Bréfritari: Benedikt Hálfdanarson
Dagsetning: A-1903-05-19
Skrifað á: Vesturheimi

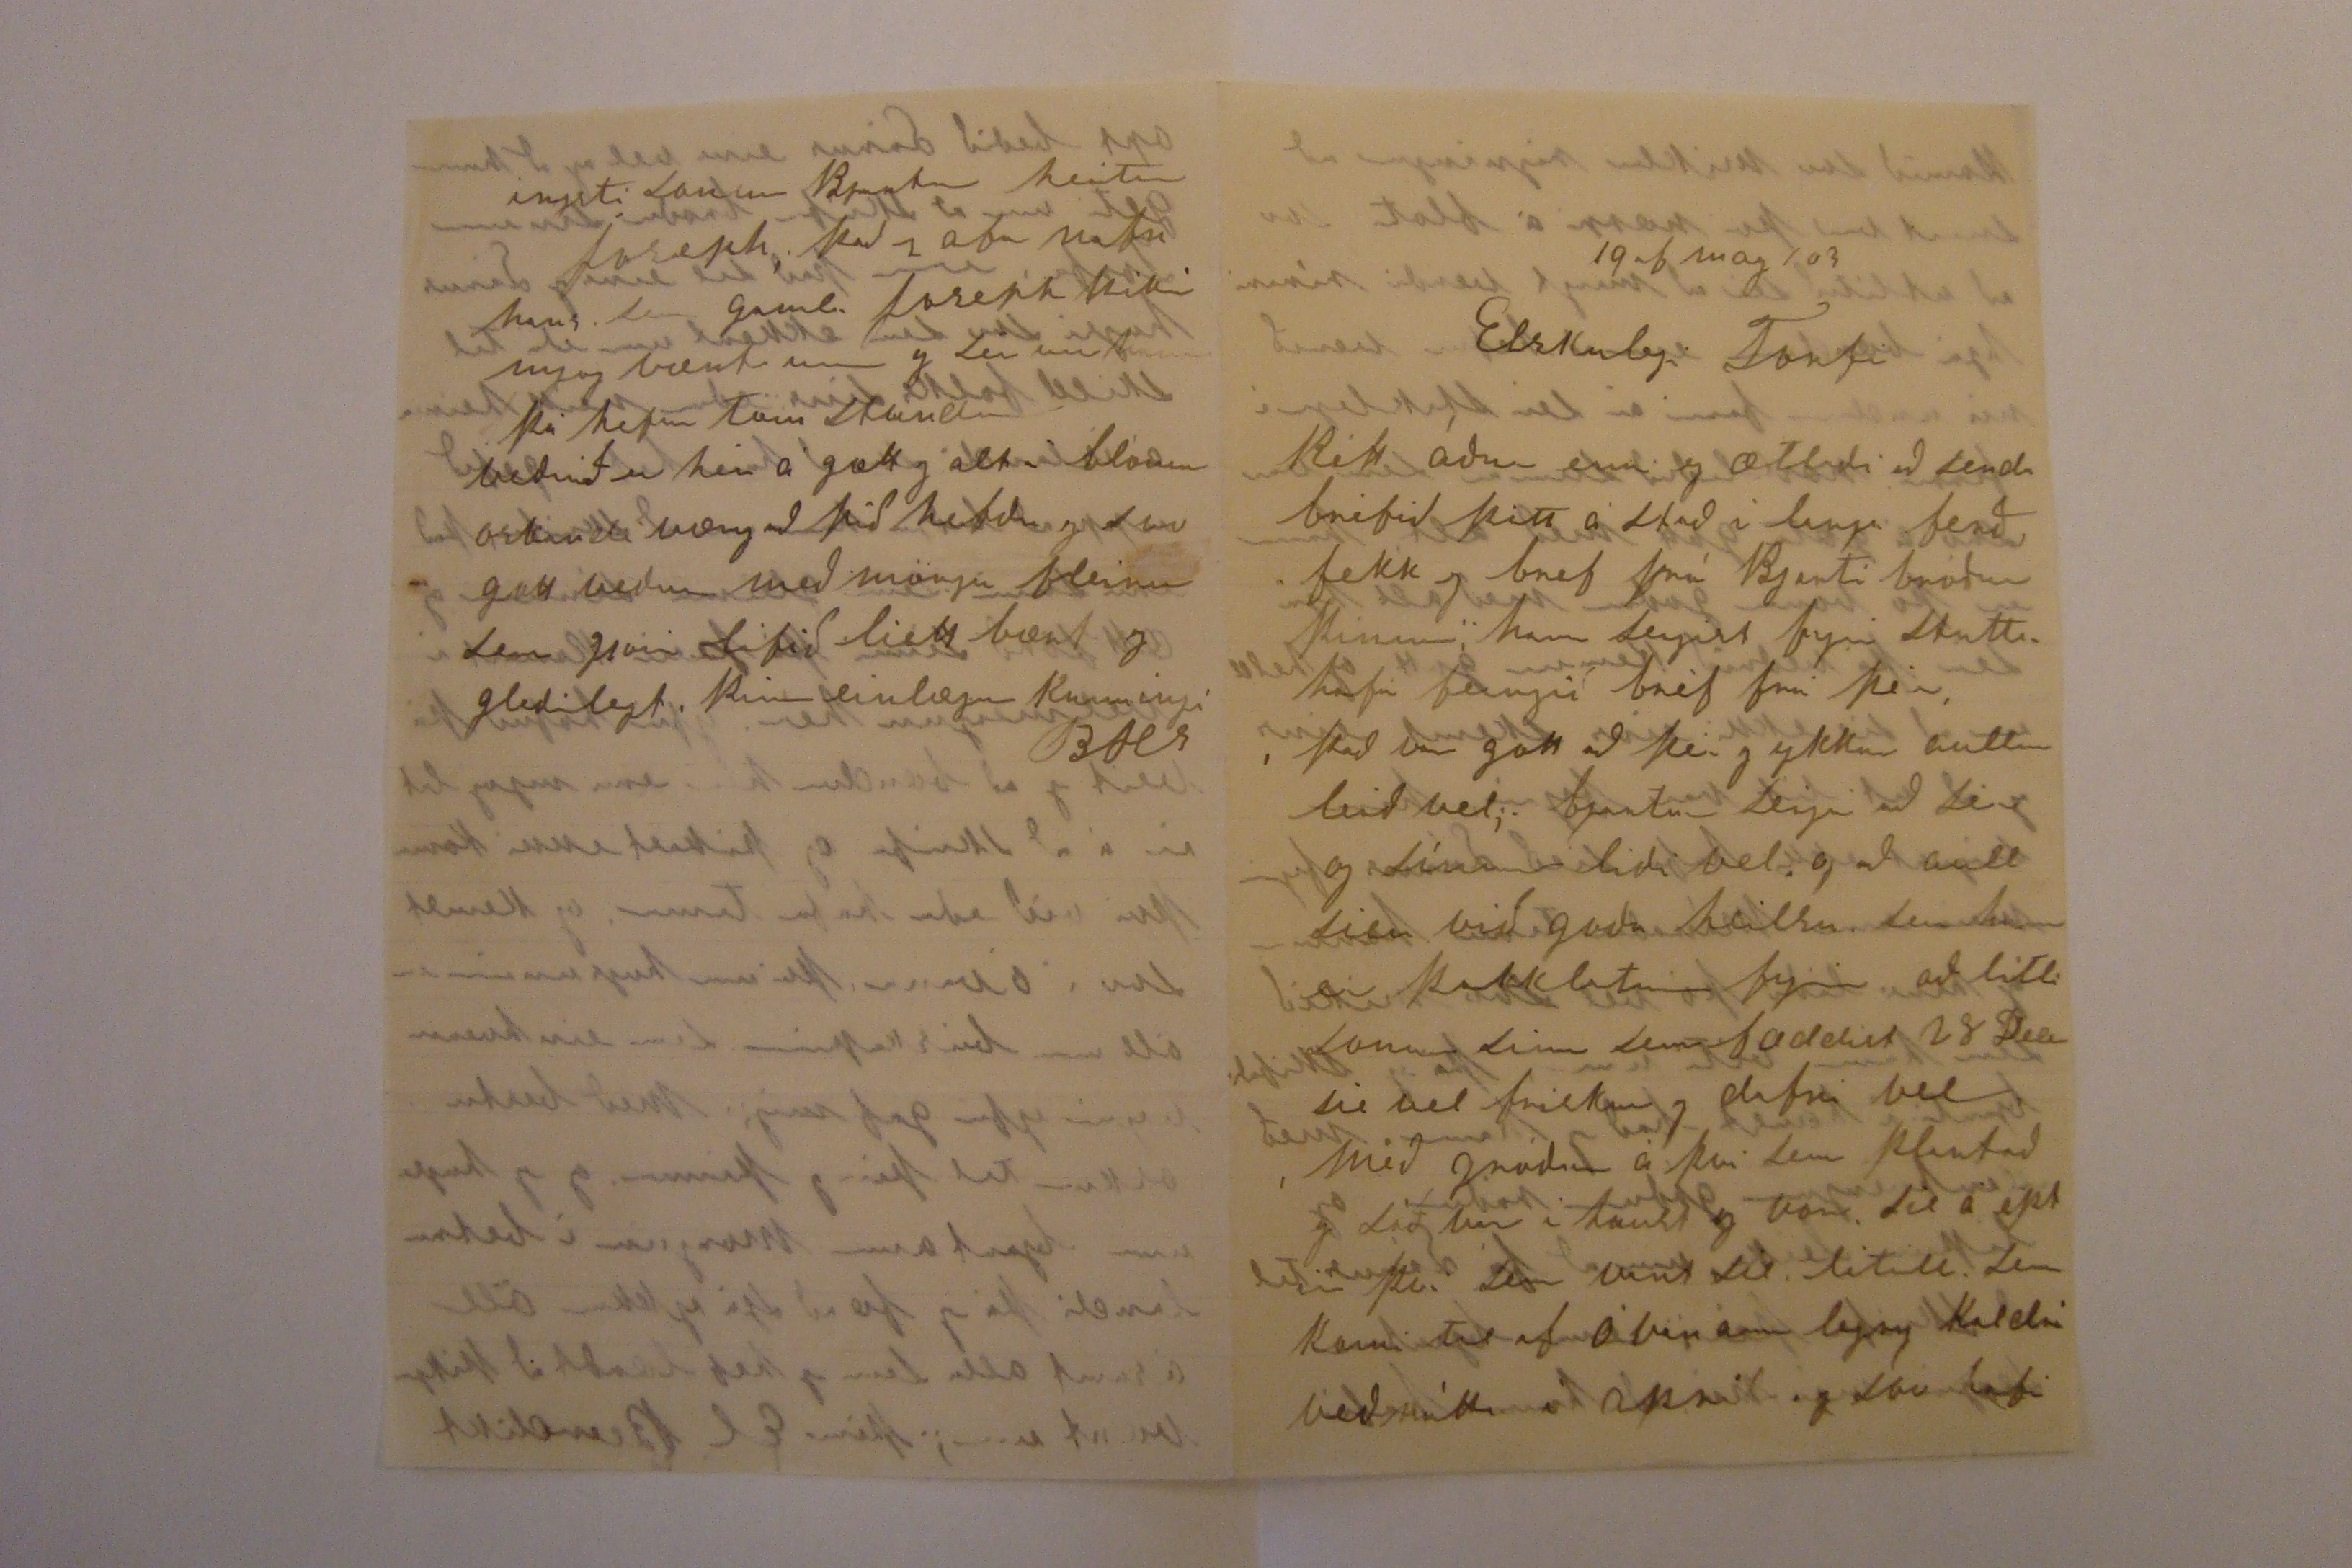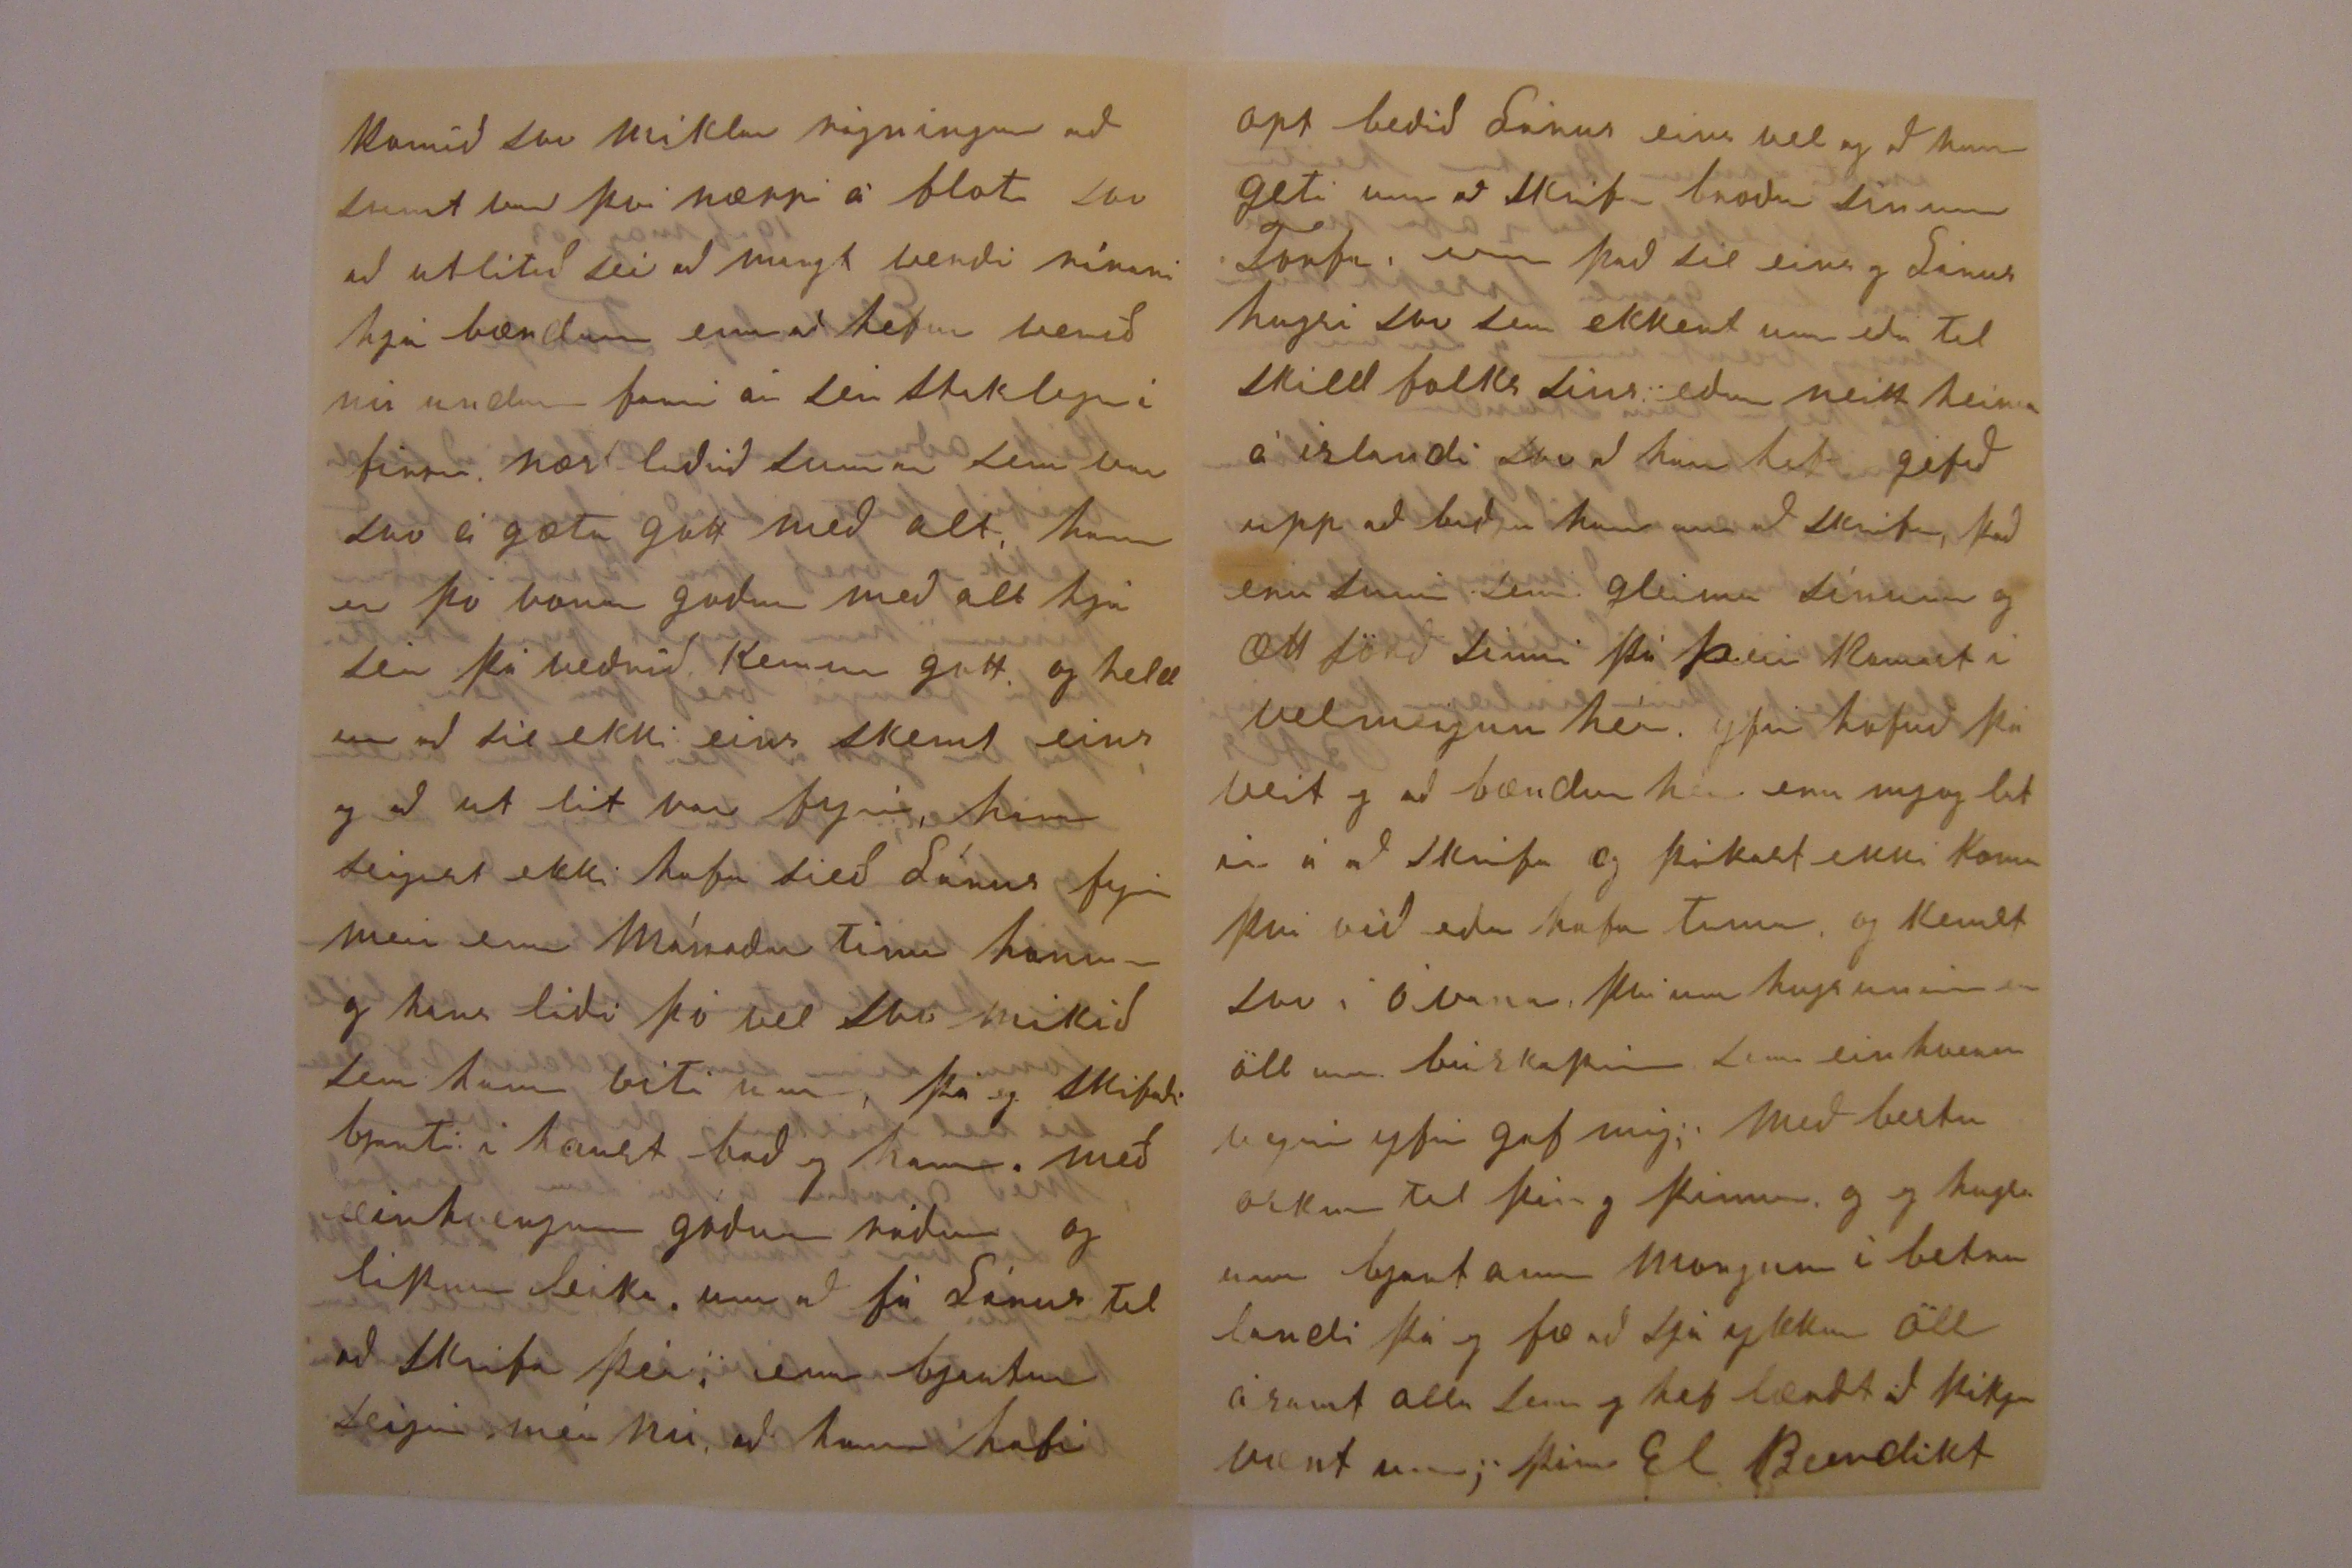

19 of may 103
Elskulegi Torfi
Rétt áður enn eg ætlaði að senda bréfið þitt á stað í langa ferð fekk eg bref frá Bjarti bróður þínum, hann seigist fyrir stuttu hafa feingið bréf frá þér, það var gott að þér og ykkur aullum leið vel, bjartur seigir að sér og sínum líði vel og að aull sieu við goða heilsu sem hann er þakklátur fyrir að litli sonur sinn sem fæddist 28 Dec sie vel frískur og dafni vel með gróður á því sem plantað og sáð var í haust og vor sie á eptir því sem vant sie lítill sem komi til af óvanannlegry kaldri veðráttu í apríl og svo hafi
komið svo miklar rigningar að sumt var því nærri á floti svo að utlitið sie að margt verði rírari hjá bændum enn að hefur verið nú undannfarin ár sérstaklega í firra, næstliðið sumar sem var svo ágæta gott með alt hann er þó vona goður með alt hjá sér þá verðrið kemur gott og heldur að sie ekki eins skemt eins og að ut lit var fyrir, hann seigist ekki hafa sieð Lárus fyrir meir enn mánaðar tíma hann og hans líði þó vel svo mikið sem hann viti um, þá eg skrifaði bjarti í haust bað eg hann með einhverjum góðum ráðum og lipur leika um að fá Lárus til að skrifa þér, enn bjartur seigir mér nú að hann hafi
opt beðið Lárus eins vel og að hann geti um að skrifa broður sínum Torfa enn það sie eins og Lárus hugsi svo sem ekkert um eða til skild folks síns eður neitt heima á íslandi svo að han
hefir
géfið upp að biðja han um að skrifa, það eru sumir sem gleima sínum og ætt jörð sinni þá þeir komast í velmeigun hér yfir höfuð þá veit eg að bændur hér eru mjog latir á að skrifa og þikast ekki koma því við eður hafa tíma og kemst svo í óvana, því um hugsunin er öll um búskapinn sem erinhvern vegin yfir gaf mig, með bestu oskum til þín og þinna og eg hugsa um bjartann morgun í betra landi þá eg fæ að sjá ykkur öll ásamt alla sem eg hef lærdt að þikja vænt um, þinn El Benedikt
ingsti sonur Bjartar heitir Joseph, það er afa nafn hans gamla Joseph þikir mjog vænt um og sér um
hann
þá hefur
tóm
stundum veðrið hér á gætt og alt í bloma oskandi væry að þið hefðu og svo gott veður með mörgu fleiru sem gjörir lífið liett bært og glæðilegt þinn einlægur kunningi
BHS